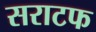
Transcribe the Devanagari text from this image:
सराटफ